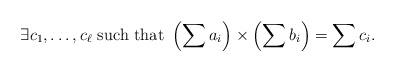
LaTeX: \begin{align*} \exists c_1 , \ldots, c_\ell \textrm{ such that } \left(\sum a_i\right) \times \left(\sum b_i\right) = \sum c_i. \end{align*}